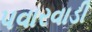
પવારવાડી